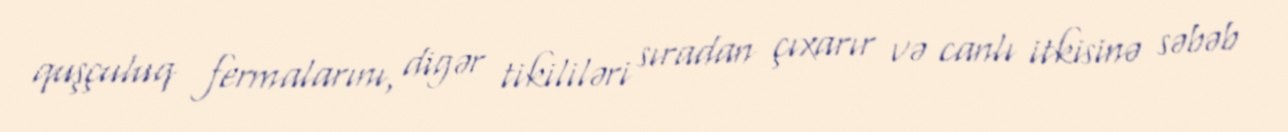
quşçuluq fermalarını, digər tikililəri sıradan çıxarır və canlı itkisinə səbəb